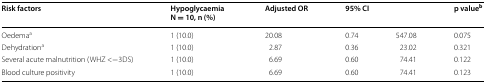
<table><thead><tr><td><b>Risk factors</b></td><td><b>Hypoglycaemia N = 10, n (%)</b></td><td><b>Adjusted OR</b></td><td colspan="2"><b>95% CI</b></td><td><b>p value<sup>b</sup></b></td></tr></thead><tbody><tr><td>Oedema<sup>a</sup></td><td>1 (10.0)</td><td>20.08</td><td>0.74</td><td>547.08</td><td>0.075</td></tr><tr><td>Dehydration<sup>a</sup></td><td>1 (10.0)</td><td>2.87</td><td>0.36</td><td>23.02</td><td>0.321</td></tr><tr><td>Several acute malnutrition (WHZ &lt;−3DS)</td><td>1 (10.0)</td><td>6.69</td><td>0.60</td><td>74.41</td><td>0.122</td></tr><tr><td>Blood culture positivity</td><td>1 (10.0)</td><td>6.69</td><td>0.60</td><td>74.41</td><td>0.123</td></tr></tbody></table>